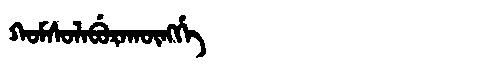
Manchu: ᡴᠣᠮᠰᠣᠯᠠᠪᡠᡵᠠᡴᡡᠩᡤᡝ
Romanization: KOMSOLABURAKŪNGGE